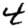
Digit: 4